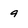
Character: 9